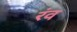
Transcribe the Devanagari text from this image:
रंव